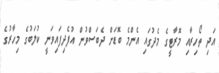
އަދި ތޯހިރާއި މޮރާޓީގެ މެދުގައި އެންމެ ބޮޑަށް ދެބަސްވުން އުފެދިފައިވަނީ ކުލަބުގެ މިހާރުގެ